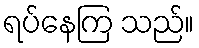
ရပ်နေကြ သည်။